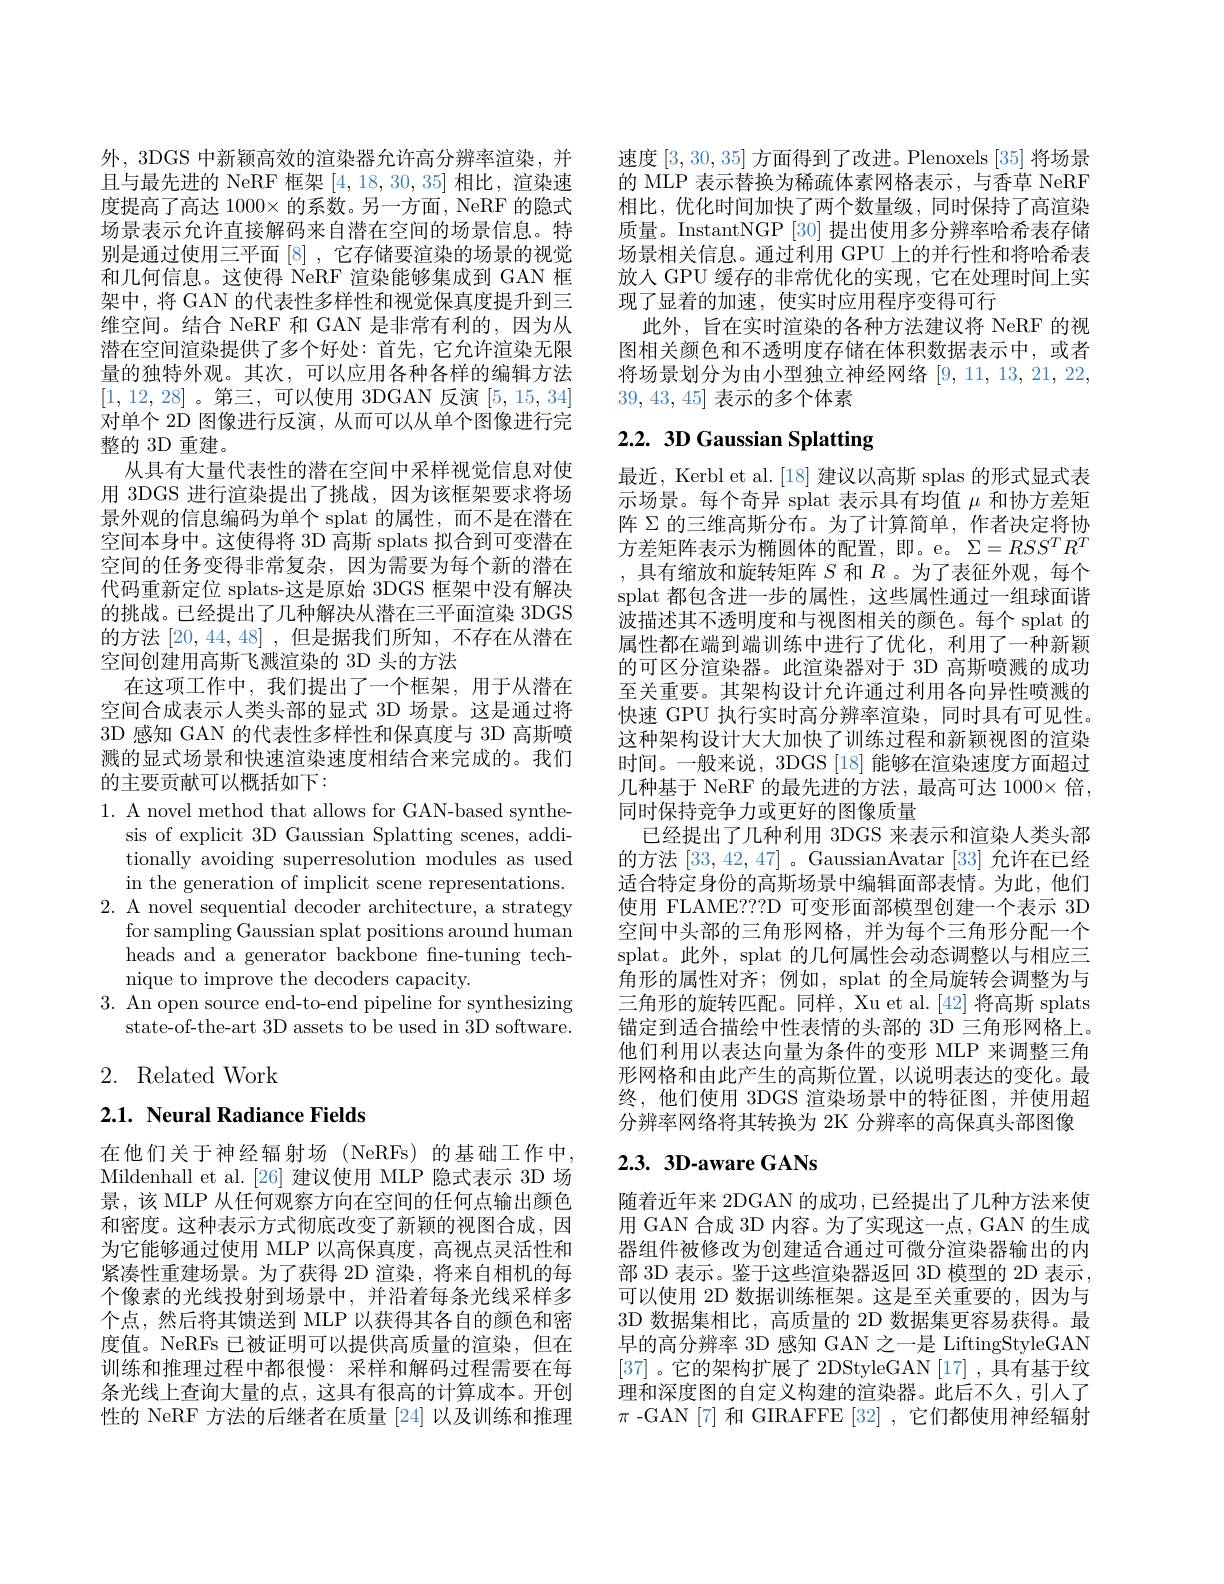
外，3DGS 中新颖高效的渲染器允许高分辨率渲染，并且与最先进的 NeRF 框架[4,18,30,35]相比，渲染速度提高了高达 1000× 的系数。另一方面，NeRF 的隐式场景表示允许直接解码来自潜在空间的场景信息。特别是通过使用三平面[8],它存储要渲染的场景的视觉和几何信息。这使得 NeRF 渲染能够集成到 GAN 框架中，将 GAN 的代表性多样性和视觉保真度提升到三维空间。结合 NeRF 和 GAN 是非常有利的，因为从潜在空间渲染提供了多个好处：首先，它允许渲染无限量的独特外观。其次，可以应用各种各样的编辑方法[1,12,28]。第三，可以使用 3DGAN 反演 [5,15,34] 对单个 2D 图像进行反演，从而可以从单个图像进行完整的 3D 重建。
从具有大量代表性的潜在空间中采样视觉信息对使用 3DGS 进行渲染提出了挑战，因为该框架要求将场景外观的信息编码为单个 splat 的属性，而不是在潜在空间本身中。这使得将 3D 高斯 splats 拟合到可变潜在空间的任务变得非常复杂，因为需要为每个新的潜在代码重新定位 splats-这是原始 3DGS 框架中没有解决的挑战。已经提出了几种解决从潜在三平面渲染 3DGS 的方法[20,44,48],但是据我们所知，不存在从潜在空间创建用高斯飞溅渲染的 3D 头的方法
在这项工作中，我们提出了一个框架，用于从潜在空间合成表示人类头部的显式 3D 场景。这是通过将3D 感知 GAN 的代表性多样性和保真度与 3D 高斯喷溅的显式场景和快速渲染速度相结合来完成的。我们的主要贡献可以概括如下：

1. A novel method that allows for GAN-based synthe-
sis of explicit 3D Gaussian Splatting scenes, additionally avoiding superresolution modules as used in the generation of implicit scene representations.
2. A novel sequential decoder architecture, a strategy
for sampling Gaussian splat positions around human heads and a generator backbone fne-tuning technique to improve the decoders capacity.
3. An open source end-to-end pipeline for synthesizing
state-of-the-art 3D assets to be used in 3D software.

## 2. Related Work

## $2. 1. \textbf{ Neural Radiance Fields}$

在他们关于神经辐射场(NeRFs)的基础工作中， Mildenhall et al.[26] 建议使用 MLP 隐式表示 3D 场景，该 MLP 从任何观察方向在空间的任何点输出颜色和密度。这种表示方式彻底改变了新颖的视图合成，因为它能够通过使用 MLP 以高保真度，高视点灵活性和紧凑性重建场景。为了获得 2D 渲染，将来自相机的每个像素的光线投射到场景中，并沿着每条光线采样多个点，然后将其馈送到 MLP 以获得其各自的颜色和密度值。NeRFs 已被证明可以提供高质量的渲染，但在训练和推理过程中都很慢：采样和解码过程需要在每条光线上查询大量的点，这具有很高的计算成本。开创性的 NeRF 方法的后继者在质量[24]以及训练和推理

速度[3,30,35]方面得到了改进。Plenoxels [35] 将场景的 MLP 表示替换为稀疏体素网格表示，与香草 NeRF 相比，优化时间加快了两个数量级，同时保持了高渲染质量。InstantNGP [30] 提出使用多分辨率哈希表存储场景相关信息。通过利用 GPU 上的并行性和将哈希表放入 GPU 缓存的非常优化的实现，它在处理时间上实现了显着的加速，使实时应用程序变得可行
此外，旨在实时渲染的各种方法建议将 NeRF 的视图相关颜色和不透明度存储在体积数据表示中，或者将场景划分为由小型独立神经网络[9,11,13,21,22, 39, 43, 45]表示的多个体素

# 2.2. 3D Gaussian Splatting

最近，Kerbl et al.[18] 建议以高斯 splas 的形式显式表示场景。每个奇异 splat 表示具有均值$\mu$和协方差矩阵$\Sigma$的三维高斯分布。为了计算简单，作者决定将协方差矩阵表示为椭圆体的配置，即。e。$\Sigma=RSS^TR^T$ ,具有缩放和旋转矩阵$S$和$R$ 。为了表征外观，每个splat 都包含进一步的属性，这些属性通过一组球面谐波描述其不透明度和与视图相关的颜色。每个 splat 的属性都在端到端训练中进行了优化，利用了一种新颖的可区分渲染器。此渲染器对于 3D 高斯喷溅的成功至关重要。其架构设计允许通过利用各向异性喷溅的快速 GPU 执行实时高分辨率渲染，同时具有可见性。这种架构设计大大加快了训练过程和新颖视图的渲染时间。一般来说，3DGS [18] 能够在渲染速度方面超过几种基于 NeRF 的最先进的方法，最高可达 1000× 倍， 同时保持竞争力或更好的图像质量
已经提出了几种利用 3DGS 来表示和渲染人类头部的方法[33,42,47] 。GaussianAvatar [33]允许在已经适合特定身份的高斯场景中编辑面部表情。为此，他们使用 FLAME???D 可变形面部模型创建一个表示 3D 空间中头部的三角形网格，并为每个三角形分配一个splat。此外，splat 的几何属性会动态调整以与相应三角形的属性对齐；例如，splat 的全局旋转会调整为与三角形的旋转匹配。同样，Xu et al.[42] 将高斯 splats 锚定到适合描绘中性表情的头部的 3D 三角形网格上。他们利用以表达向量为条件的变形 MLP 来调整三角形网格和由此产生的高斯位置，以说明表达的变化。最终，他们使用 3DGS 渲染场景中的特征图，并使用超分辨率网络将其转换为 2K 分辨率的高保真头部图像

## 2.3. 3D-aware GANs

随着近年来 2DGAN 的成功 ,已经提出了几种方法来使用 GAN 合成 3D 内容。为了实现这一点，GAN 的生成器组件被修改为创建适合通过可微分渲染器输出的内部 3D 表示。鉴于这些渲染器返回 3D 模型的 2D 表示， 可以使用 2D 数据训练框架。这是至关重要的，因为与3D 数据集相比，高质量的 2D 数据集更容易获得。最早的高分辨率 3D 感知 GAN 之一是 LiftingStyleGAN [37]。它的架构扩展了 2DStyleGAN[17],具有基于纹理和深度图的自定义构建的渲染器。此后不久，引人了$\pi$ -GAN [7] 和 GIRAFFE [32] ,它们都使用神经辐射